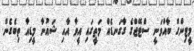
މީޓިންގް ބާއްވަނީ ސްޓޭޖްގެ ގާގަނޑެއް މަތީގައި އީވާ އާއި ޝައުނާ މީޑިއާ ތިބެގެން.